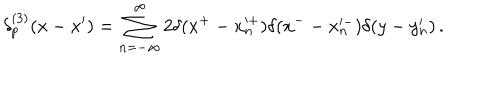
\delta _ { p } ^ { ( 3 ) } ( x - x ^ { \prime } ) = \sum _ { n = - \infty } ^ { \infty } 2 \delta ( x ^ { + } - x _ { n } ^ { + } ) \delta ( x ^ { - } - x _ { n } ^ { - } ) \delta ( y - y _ { n } ^ { \prime } ) \, .